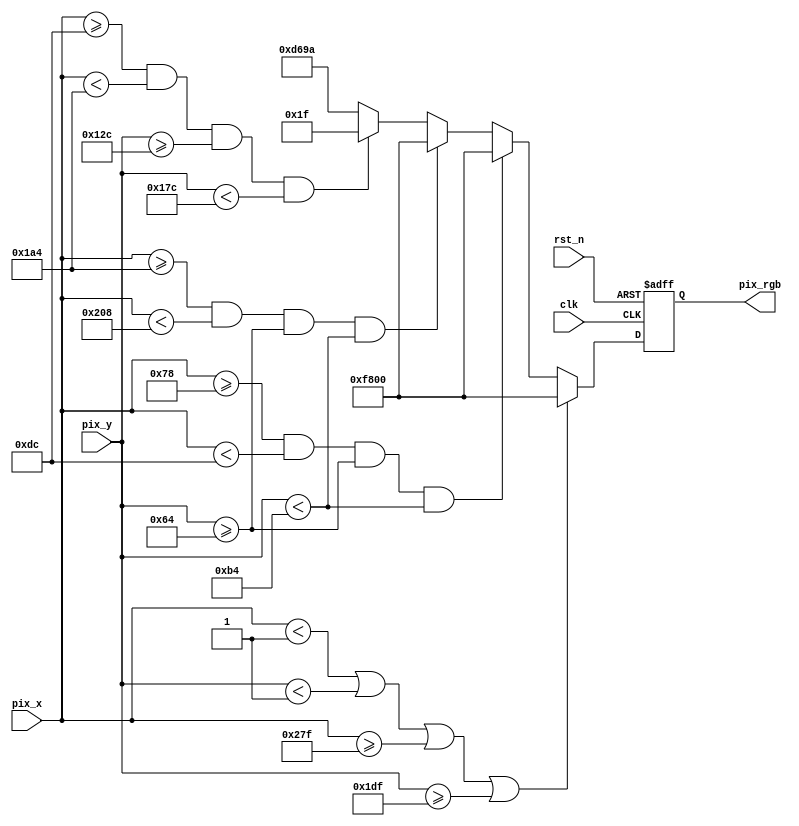
// This program was cloned from: https://github.com/michaelliao/learn-verilog
// License: GNU General Public License v3.0

module vga_data (
    input  wire clk,
    input  wire rst_n,
    input  wire [9:0] pix_x,
    input  wire [9:0] pix_y,

    output reg [15:0] pix_rgb
);

`define BLACK  16'h0000
`define RED    16'hf800
`define GREEN  16'h07e0
`define BLUE   16'h001f
`define ORANGE 16'hfc00
`define CYAN   16'h07ff
`define GRAY   16'hd69a
`define WHITE  16'hffff

    always @ (posedge clk or negedge rst_n) begin
        if (rst_n == 1'b0)
            pix_rgb <= `BLACK;
        // border:
        else if (pix_x < 1 || pix_y < 1 || pix_x >= 639 || pix_y >= 479)
            pix_rgb <= `RED;
        // (120, 100) - (220, 180)
        else if (pix_x >= 120 && pix_x < 220 && pix_y >= 100 && pix_y < 180)
            pix_rgb <= `RED;
        // (420, 100) - (520, 180)
        else if (pix_x >= 420 && pix_x < 520 && pix_y >= 100 && pix_y < 180)
            pix_rgb <= `RED;
        // (220, 300) - (420, 380)
        else if (pix_x >= 220 && pix_x < 420 && pix_y >= 300 && pix_y < 380)
            pix_rgb <= `BLUE;
        else
            pix_rgb <= `GRAY;
    end

endmodule